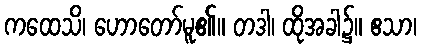
ကထေသိ၊ ဟောတော်မူ၏။ တဒါ၊ ထိုအခါ၌။ ဧသာ၊